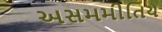
અસમમીતિય